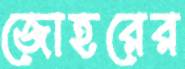
জোহরের